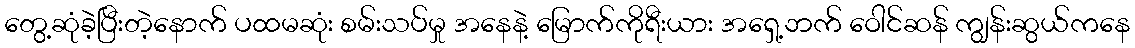
တွေ့ဆုံခဲ့ပြီးတဲ့နောက် ပထမဆုံး စမ်းသပ်မှု အနေနဲ့ မြောက်ကိုရီးယား အရှေ့ဘက် ဝေါင်ဆန် ကျွန်းဆွယ်ကနေ